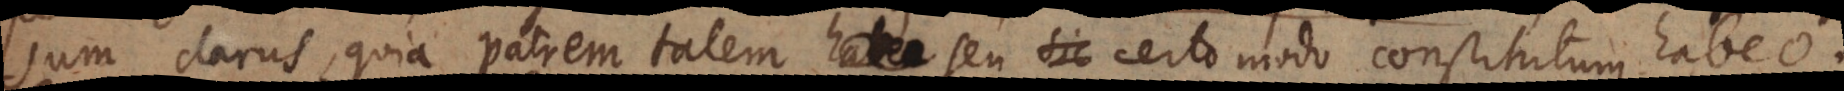
sum clarus, quia patrem talem habeo seu sic certo modo constitutum habeo.